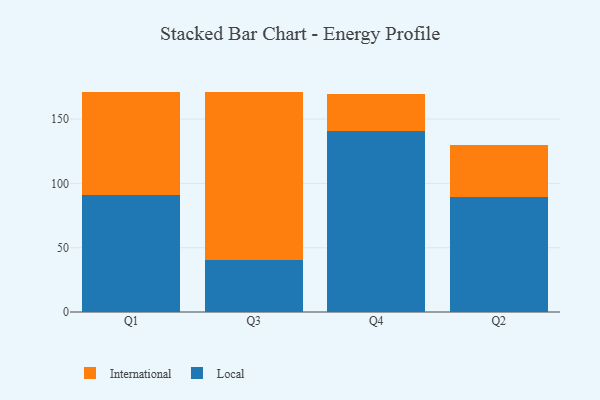
{"axis": {"x": "Quarter", "y": "Bounce Rate (%)"}, "legend": ["International", "Local"], "data": [{"x": "Q1", "y": 91.1, "type": "Local"}, {"x": "Q1", "y": 80.3, "type": "International"}, {"x": "Q3", "y": 40.2, "type": "Local"}, {"x": "Q3", "y": 130.9, "type": "International"}, {"x": "Q4", "y": 140.6, "type": "Local"}, {"x": "Q4", "y": 28.9, "type": "International"}, {"x": "Q2", "y": 89.6, "type": "Local"}, {"x": "Q2", "y": 40.4, "type": "International"}]}